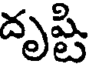
దృష్టి